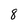
Character: 8